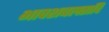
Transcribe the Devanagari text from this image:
भावशबलतादि